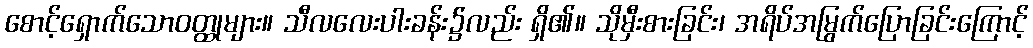
စောင့်ရှောက်သောဝတ္ထုများ။ သီလလေးပါးခန်း၌လည်း ရှိ၏။ သိုမှီးစားခြင်း၊ အရိပ်အမြွက်ပြောခြင်းကြောင့်